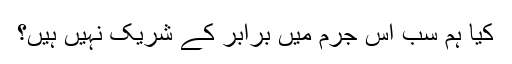
کیا ہم سب اس جرم میں برابر کے شریک نہیں ہیں؟